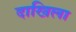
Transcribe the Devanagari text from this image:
दाखिला